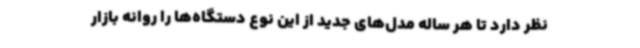
نظر دارد تا هر ساله مدل‌های جدید از این نوع دستگاه‌ها را روانه بازار